Madras plague regulations and rules for district municipalities and other towns and villages
Disease focus: Plague
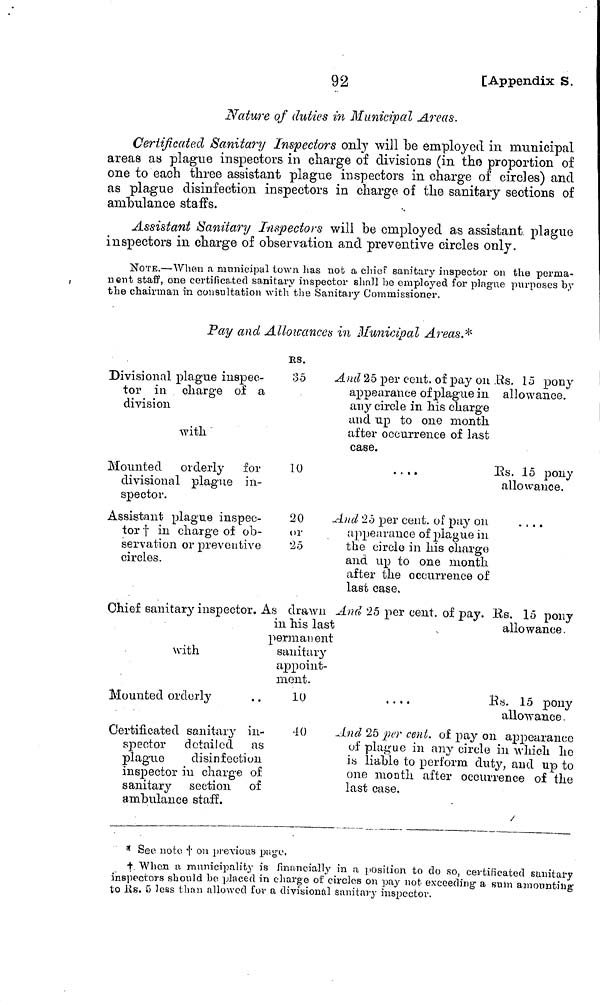
92
[Appendix S.
Nature of duties in Municipal Areas.
Certificated Sanitary Inspectors only will be employed in municipal
areas as plague inspectors in charge of divisions (in the proportion of
one to each three assistant plague inspectors in charge of circles) and
as plague disinfection inspectors in charge of the sanitary sections of
anibulance staffs.
Assistant Sanitary Inspectors will be employed as assistant plague
inspectors in charge of observation and preventive circles only.
NOTE.—When a municipal town lias not a chief sanitary inspector on the perma-
nent staff, one certificated sanitary inspector shall be employed for plague purposes by
the chairman in consultation with the Sanitary Commissioner.
Pay and Allowances in Municipal Areas.*
Divisional plague inspec-
tor in charge of a
division
with
Mounted orderly for
divisional plague in-
spector.
Assistant plague inspec-
tor † in charge of ob-
servation or preventive
circles.
35
10
20
or
25
Chief sanitary inspector. As drawn
with
Mounted orderly
Certificated sanitary in-
spector detailed as
plague
disinfection
inspector iu charge of
sanitary section of
anibulance staff.
in his last
permanent
sanitary
appoint-
ment.
10
40
And 25 per cent, of pay on
appearance of plague in
any circle in his charge
and up to one month
after occurrence of last
case.
• •
And 25 per cent, of pay on
appearance of plague in
the circle in his charge
and up to one month
after the occurrence of
last case.
And 25 per cent, of pay.
Rs. 15 pony
allowance.
Rs. 15 pony
allowance.
Rs. 15 pony
allowance .
Rs. 15 pony
allowance .
And 25 per cent, of pay on appearance
of plague in any circle iu which ho
is liable to perform duty, and up to
one month after occurrence of the
last case.
/
* See note † on previous page.
† When a municipality is financially in a position to do so, certificated sanitary
inspectors should be placed in charge of circles on pay not exceeding a sum amounting
to Rs. 5 less than allowed for a divisional sanitary inspector.